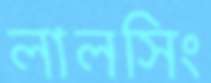
লালসিং